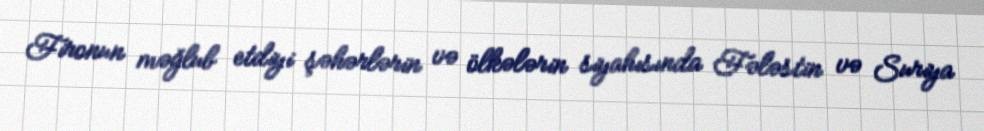
Fironun məğlub etdiyi şəhərlərin və ölkələrin siyahısında Fələstin və Suriya